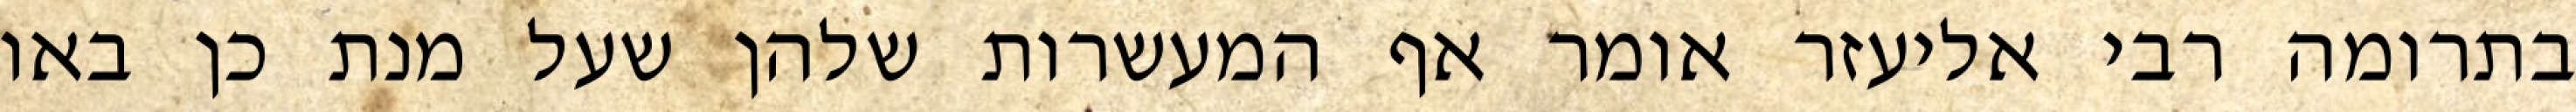
בתרומה רבי אליעזר אומר אף המעשרות שלהן שעל מנת כן באו